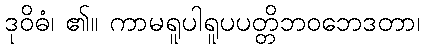
ဒုဝိဓံ၊ ၏။ ကာမရူပါရူပပတ္တိဘဝဘေဒတာ၊